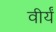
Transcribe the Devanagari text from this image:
वीर्यं